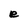
Character: e